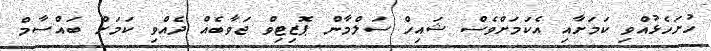
ހުށަހެޅުއްވި ކަމަށާއި އެކަމަށްވެސް ޝައިހް ސަލްމާން ޕޮޒިޓިވް ޖަވާބެއް ދެއްވި ކަމަށް ބައްސާމް